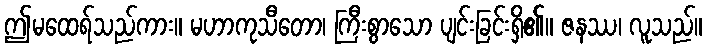
ဤမထေရ်သည်ကား။ မဟာကုသီတော၊ ကြီးစွာသော ပျင်းခြင်းရှိ၏။ ဇနဿ၊ လူသည်။